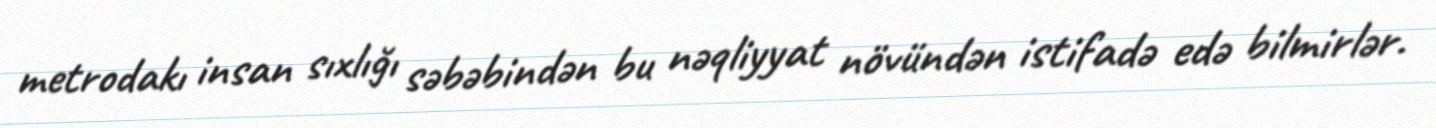
metrodakı insan sıxlığı səbəbindən bu nəqliyyat növündən istifadə edə bilmirlər.